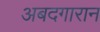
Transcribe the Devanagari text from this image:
अबदगारान